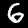
Digit: 6